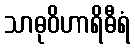
သာဓုဝိဟာရိဓီရံ